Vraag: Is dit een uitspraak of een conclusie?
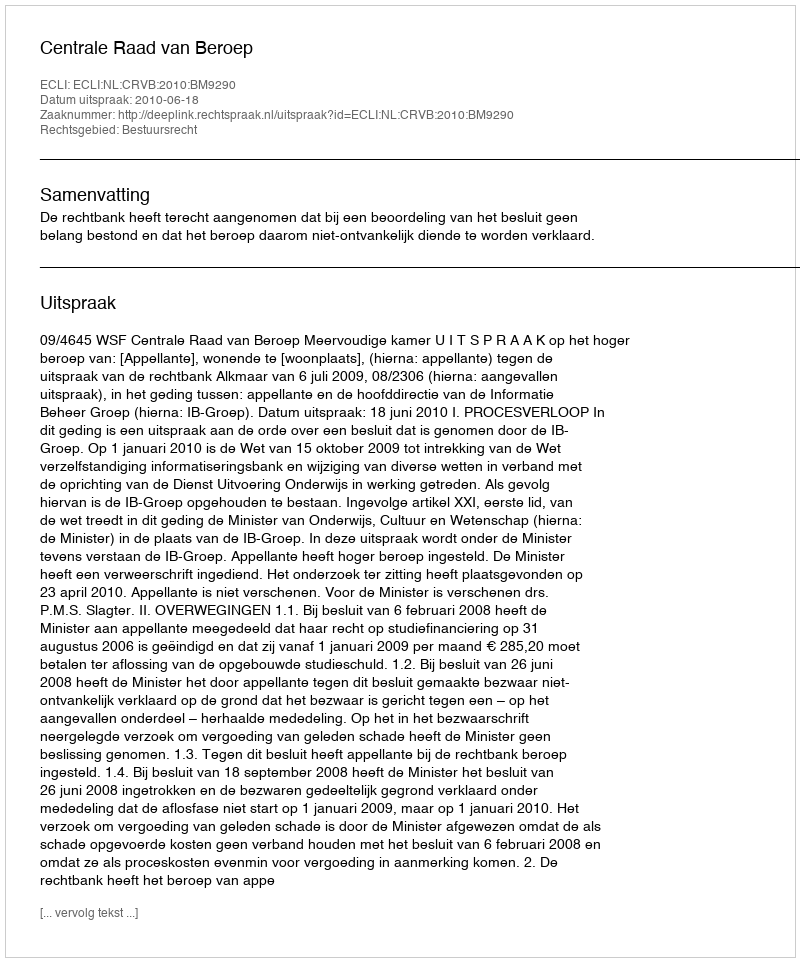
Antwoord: Uitspraak